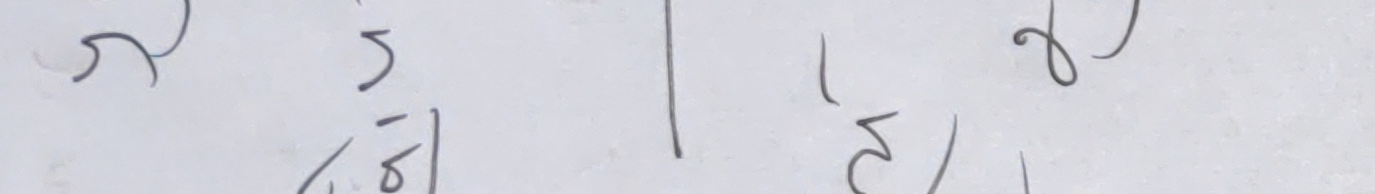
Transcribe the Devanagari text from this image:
५.।